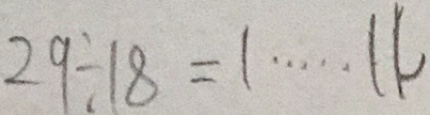
2 9 \div 1 8 = 1 \cdots 1 1